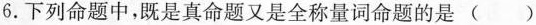
6. 下列命题中，既是真命题又是全称量词命题的是（）